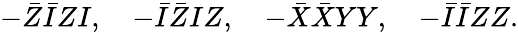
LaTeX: -\bar{Z}\bar{I}ZI,\quad-\bar{I}\bar{Z}IZ,\quad-\bar{X}\bar{X}YY,\quad-\bar{I}\bar{I}ZZ.